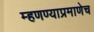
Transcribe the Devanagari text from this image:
म्हणण्याप्रमाणेच